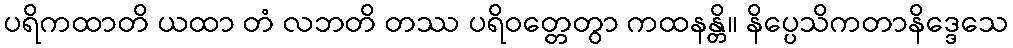
ပရိကထာတိ ယထာ တံ လဘတိ တဿ ပရိဝတ္တေတွာ ကထနန္တိ။ နိပ္ပေသိကတာနိဒ္ဒေသေ